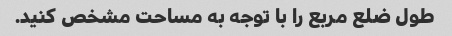
طول ضلع مربع را با توجه به مساحت مشخص کنید.